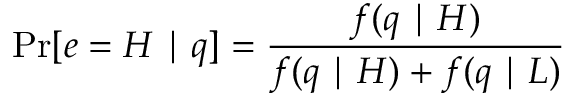
\operatorname* { P r } [ e = H \mid q ] = { \frac { f ( q \mid H ) } { f ( q \mid H ) + f ( q \mid L ) } }